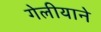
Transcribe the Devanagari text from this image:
गेलीयाने